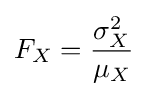
F_{X}={\frac {\sigma _{X}^{2}}{\mu _{X}}}